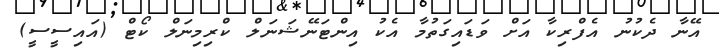
އޭނާ ދެކުނު އެފްރިކާ އަށް ވަޑައިގަތުމާ އެކު އިންޓަނޭޝަނަލް ކްރިމިނަލް ކޯޓް (އައިސީސީ)